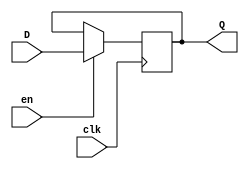
module PCregister (clk, D, Q, en);
input clk;
input en ;

input [7:0] D;
output[7:0] Q;
reg [7:0]Q;

initial begin
Q = 8'b10000000;
end
always @(posedge clk)

if (en==1'b1)
			Q <= D;
			
endmodule